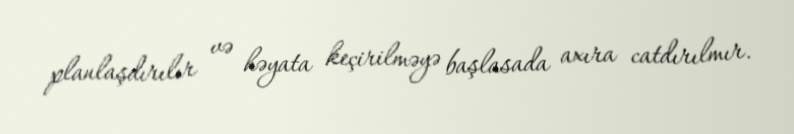
planlaşdırılır və həyata keçirilməyə başlasada axıra catdırılmır.